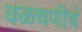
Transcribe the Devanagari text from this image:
वळचणीचं